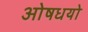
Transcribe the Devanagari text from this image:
ओषधयो